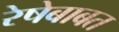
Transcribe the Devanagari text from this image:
रेषेबाबत